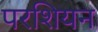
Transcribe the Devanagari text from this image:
परशियन